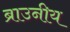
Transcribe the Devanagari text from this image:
ब्राउनीय